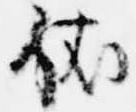
依